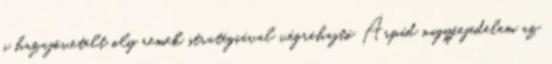
a hazajövetelt oly remek stratégiával végrehajtó Árpád nagyfejedelem az